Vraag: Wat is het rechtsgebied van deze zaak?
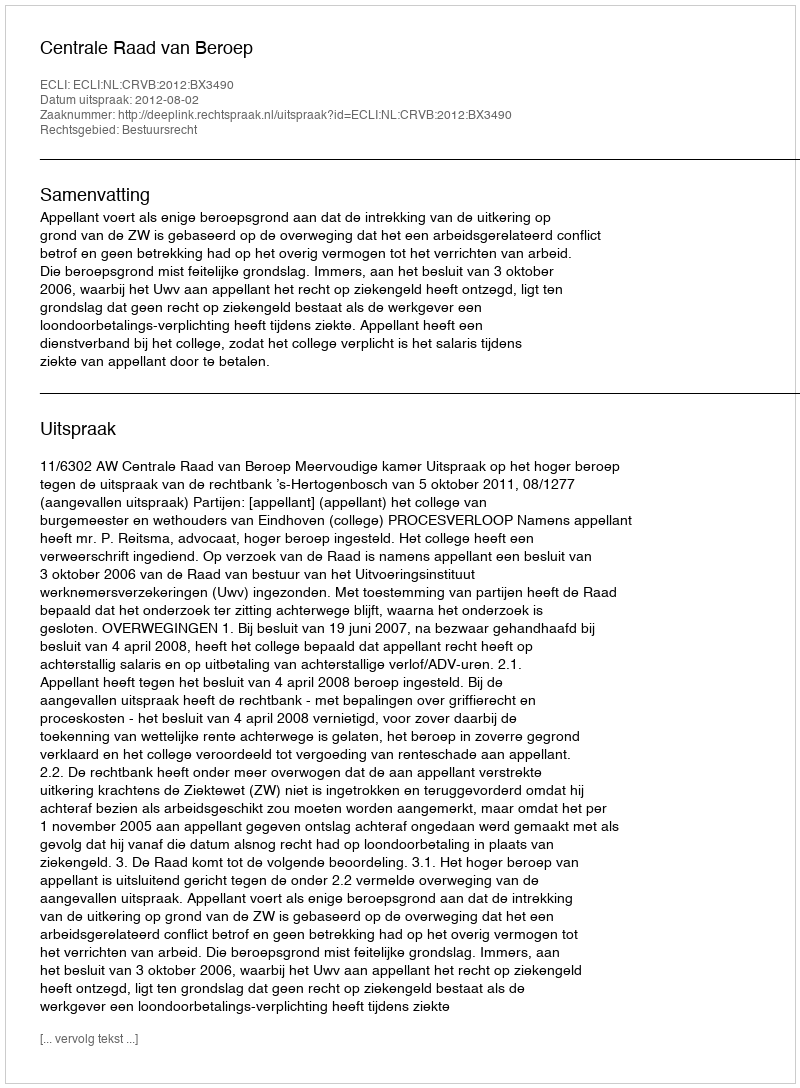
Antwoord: Bestuursrecht